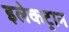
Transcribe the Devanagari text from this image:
इलेकट्रान